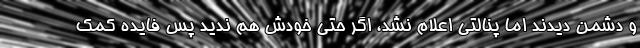
و دشمن دیدند اما پنالتی اعلام نشد، اگر حتی خودش هم ندید پس فایده کمک